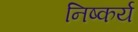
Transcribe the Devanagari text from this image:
निष्कर्य